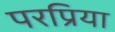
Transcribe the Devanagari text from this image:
परप्रिया